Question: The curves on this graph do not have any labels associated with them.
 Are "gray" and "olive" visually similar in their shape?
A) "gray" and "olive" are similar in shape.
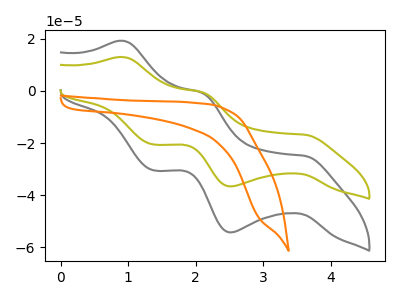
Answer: <think>The gray curve "gray" has anodic peaks at (0.95V, 19.15uA) (2.10V, -0.75uA) and cathodic peaks at (3.60V, -24.95uA) (2.50V, -54.25uA) (1.35V, -30.45uA). The olive curve "olive" has anodic peaks at (0.95V, 12.90uA) (2.10V, -0.50uA) and cathodic peaks at (3.60V, -16.85uA) (2.50V, -36.60uA) (1.35V, -20.55uA). The orange curve "orange" has no peaks.
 All the peaks in "gray" have a peak in "olive" at the same potential.</think>
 <answer>A) "gray" and "olive" are similar in shape.</answer>
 <eval>A</eval>